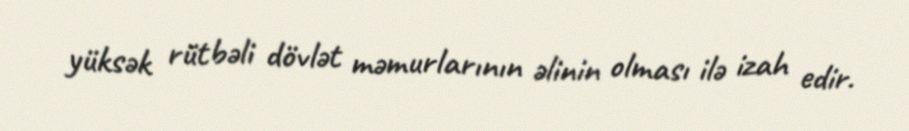
yüksək rütbəli dövlət məmurlarının əlinin olması ilə izah edir.